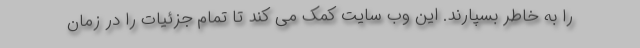
را به خاطر بسپارند. این وب سایت کمک می کند تا تمام جزئیات را در زمان